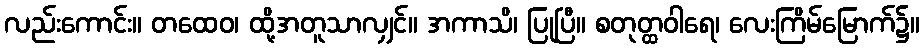
လည်းကောင်း။ တထေဝ၊ ထို့အတူသာလျှင်။ အကာသိ၊ ပြုပြီ။ စတုတ္ထဝါရေ၊ လေးကြိမ်မြောက်၌။